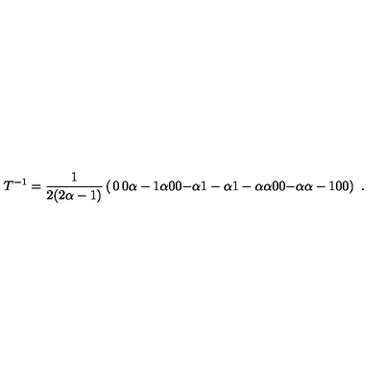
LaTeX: T ^ { - 1 } = \frac { 1 } { 2 ( 2 \alpha - 1 ) } \left( \begin{matrix} { 0 } & { 0 } & { \alpha - 1 } & { \alpha } \\ { 0 } & { 0 } & { - \alpha } & { 1 - \alpha } \\ { 1 - \alpha } & { \alpha } & { 0 } & { 0 } \\ { - \alpha } & { \alpha - 1 } & { 0 } & { 0 } \\ \end{matrix} \right) \ .